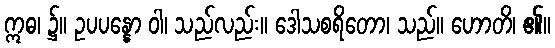
ဣဓ၊ ၌။ ဥပပန္နော ဝါ၊ သည်လည်း။ ဒေါသစရိတော၊ သည်။ ဟောတိ၊ ၏။